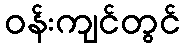
ဝန်းကျင်တွင်